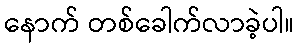
နောက် တစ်ခေါက်လာခဲ့ပါ။